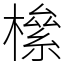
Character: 𣚎